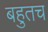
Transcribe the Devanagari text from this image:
बहुतच